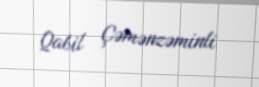
Qabil Çəmənzəminli